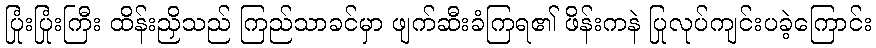
ပြုံးပြုံးကြီး ထိန်းညှိသည် ကြည်သာခင်မှာ ဖျက်ဆီးခံကြရ၏ ဖိန်းကနဲ ပြုလုပ်ကျင်းပခဲ့ကြောင်း